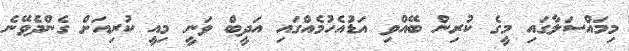
މިމައްސަލާގައި މީގެ ކުރިން ބޭއްވި އަޑުއެހުމެއްގައި އަދީބް ވަނީ މިއީ ކުރިއަށް ގެންދެވޭނެ